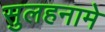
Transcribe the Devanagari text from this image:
सुलहनामे